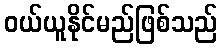
ဝယ်ယူနိုင်မည်ဖြစ်သည်